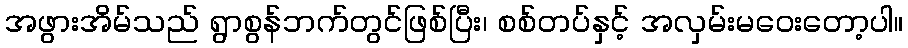
အဖွားအိမ်သည် ရွာစွန်ဘက်တွင်ဖြစ်ပြီး၊ စစ်တပ်နှင့် အလှမ်းမဝေးတော့ပါ။